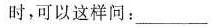
时,可以这样问:_